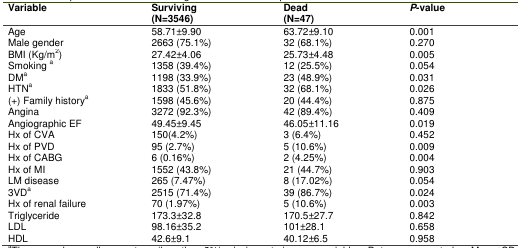
| Variable | Surviving (No=3546) | Dead (No=47) | P value |
 | --- | --- | --- | --- |
 | Age | 58.71±9.90 | 63.72± 9.10 | 0.001 |
 | Male gender | 2663 (75.1%) | 32 (68.1%) | 0.270 |
 | BMI (Kg/m2) | 27.42±4.06 | 25.73±4.48 | 0.005 |
 | Smoking a | 1358 (39.4%) | 12 (25.5%) | 0.054 |
 | DMa | 1198 (33.9%) | 23 (48.9%) | 0.031 |
 | HTNa | 1833 (51.8%) | 32 (68.1%) | 0.026 |
 | (+)Family Historya | 1598 (45.6%) | 20 (44.4%) | 0.875 |
 | Angina | 3272 (92.3%) | 42 (89.4%) | 0.409 |
 | Angiographic EF | 49.45±9.45 | 46.05±11.16 | 0.019 |
 | Hx of CVA | 150 (4.2%) | 3 (6.4%) | 0.452 |
 | Hx of PVD | 95 (2.7%) | 5 (10.6%) | 0.009 |
 | Hx of CABG | 6 (0.16%) | 2 (4.25%) | 0.004 |
 | Hx of MI | 1552 (43.8%) | 21 (44.7%) | 0.903 |
 | LM disease | 265 (7.47%) | 8 (17.02%) | 0.054 |
 | 3VDa | 2515(71.4%) | 39 (86.7%) | 0.024 |
 | Hx of renal failure | 70 (1.97%) | 5 (10.6%) | 0.003 |
 | Triglyceride | 173.3±32.8 | 170.5±27.7 | 0.842 |
 | LDL | 98.16±35.2 | 101±28.1 | 0.658 |
 | HDL | 42.6±9.1 | 40.12±6.5 | 0.958 |